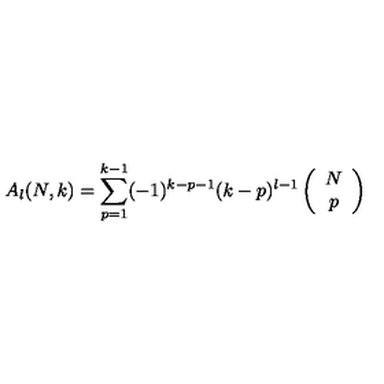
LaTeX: A _ { l } ( N , k ) = \sum _ { p = 1 } ^ { k - 1 } ( - 1 ) ^ { k - p - 1 } ( k - p ) ^ { l - 1 } \left( \begin{array} { c } { N } \\ { p } \\ \end{array} \right)